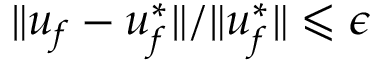
\| \boldsymbol { u } _ { f } - \boldsymbol { u } _ { f } ^ { * } \| / \| \boldsymbol { u } _ { f } ^ { * } \| \leqslant \epsilon